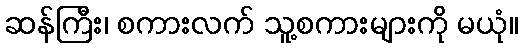
ဆန်ကြီး၊ စကားလက် သူ့စကားများကို မယုံ။